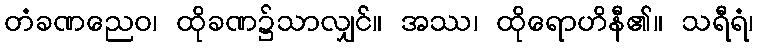
တံခဏညေဝ၊ ထိုခဏ၌သာလျှင်။ အဿ၊ ထိုရောဟိနီ၏။ သရီရံ၊